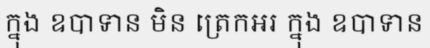
ក្នុង ឧបាទាន មិន ត្រេកអរ ក្នុង ឧបាទាន